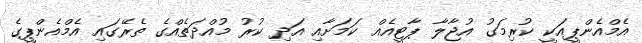
އެމްއެންޕީއަކީ ކުރިމަގު އުޖާލާ ޕާޓީއެއް ކަމަށާއި އަދި ކުރު މުއްދަތެއްގެ ތެރޭގައި އެމްއެންޕީގެ